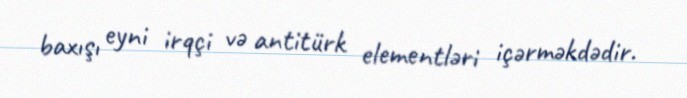
baxışı eyni irqçi və antitürk elementləri içərməkdədir.